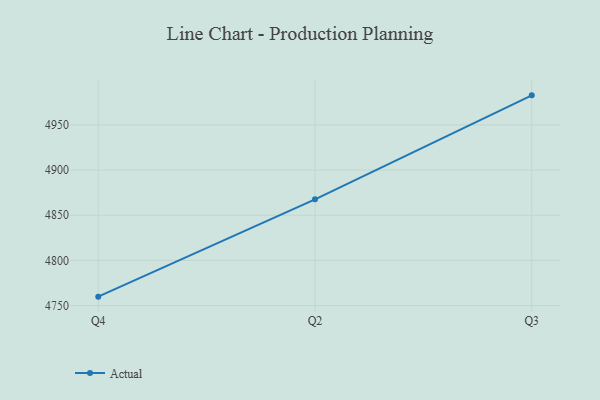
{"axis": {"x": "Quarter", "y": "Bounce Rate (%)"}, "legend": ["Actual"], "data": [{"x": "Q4", "y": 4759.9, "type": "Actual"}, {"x": "Q2", "y": 4867.6, "type": "Actual"}, {"x": "Q3", "y": 4982.7, "type": "Actual"}]}